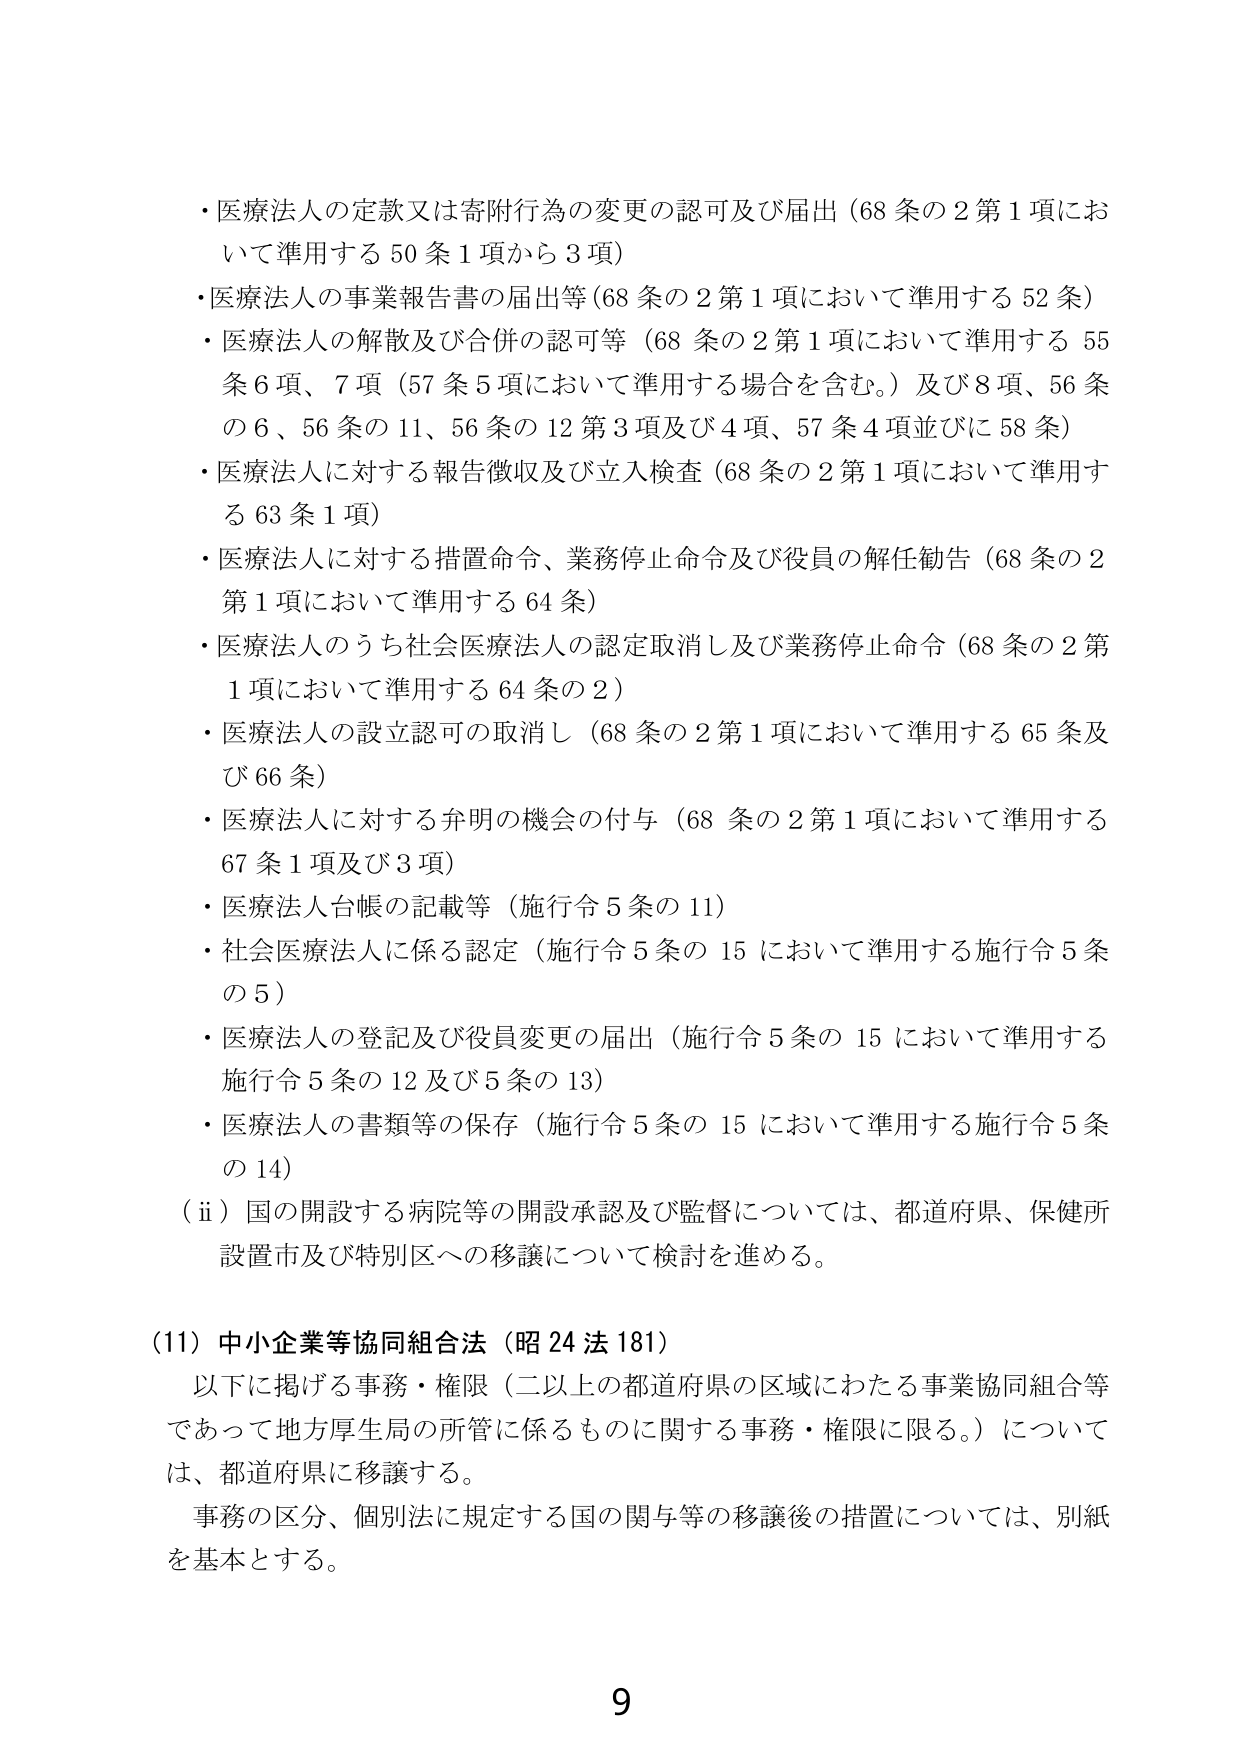
・医療法人の定款又は寄附行為の変更の認可及び届出（68条の2第1項において準用する50条1項から3項）
・医療法人の事業報告書の届出等（68条の2第1項において準用する52条）
・医療法人の解散及び合併の認可等（68条の2第1項において準用する55条6項、7項（57条5項において準用する場合を含む。）及び8項、56条の6、56条の11、56条の12第3項及び4項、57条4項並びに58条）
・医療法人に対する報告徴収及び立入検査（68条の2第1項において準用する63条1項）
・医療法人に対する措置命令、業務停止命令及び役員の解任勧告（68条の2第1項において準用する64条）
・医療法人のうち社会医療法人の認定取消し及び業務停止命令（68条の2第1項において準用する64条の2）
・医療法人の設立認可の取消し（68条の2第1項において準用する65条及び66条）
・医療法人に対する弁明の機会の付与（68条の2第1項において準用する67条1項及び3項）
・医療法人台帳の記載等（施行令5条の11）
・社会医療法人に係る認定（施行令5条の15において準用する施行令5条の5）
・医療法人の登記及び役員変更の届出（施行令5条の15において準用する施行令5条の12及び5条の13）
・医療法人の書類等の保存（施行令5条の15において準用する施行令5条の14）
（ⅱ）国の開設する病院等の開設承認及び監督については、都道府県、保健所設置市及び特別区への移譲について検討を進める。

（11）中小企業等協同組合法（昭24法181）
以下に掲げる事務・権限（二以上の都道府県の区域にわたる事業協同組合等であって地方厚生局の所管に係るものに関する事務・権限に限る。）については、都道府県に移譲する。
事務の区分、個別法に規定する国の関与等の移譲後の措置については、別紙を基本とする。

9